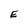
Character: E